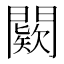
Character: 𨶦